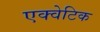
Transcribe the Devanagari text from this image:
एक्वेटिक